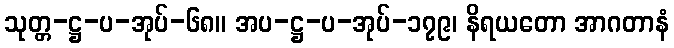
သုတ္တ-ဋ္ဌ-ပ-အုပ်-၆၈။ အပ-ဋ္ဌ-ပ-အုပ်-၁၇၉၊ နိရယတော အာဂတာနံ